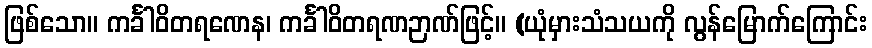
ဖြစ်သော။ ကင်္ခါဝိတရဏေန၊ ကင်္ခါဝိတရဏဉာဏ်ဖြင့်။ (ယုံမှားသံသယကို လွန်မြောက်ကြောင်း